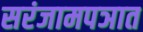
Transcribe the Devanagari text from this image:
सरंजामपञात